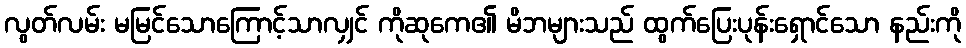
လွတ်လမ်း မမြင်သောကြောင့်သာလျှင် ကိုဆုကေ၏ မိဘများသည် ထွက်ပြေးပုန်းရှောင်သော နည်းကို